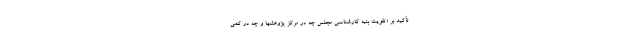
تأکید بر «تقویت بنیه کارشناسی مجلس چه در مرکز پژوهشها و چه در کمی